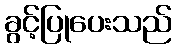
ခွင့်ပြုပေးသည်